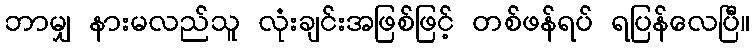
ဘာမျှ နားမလည်သူ လုံးချင်းအဖြစ်ဖြင့် တစ်ဖန်ရပ် ရပြန်လေပြီ။